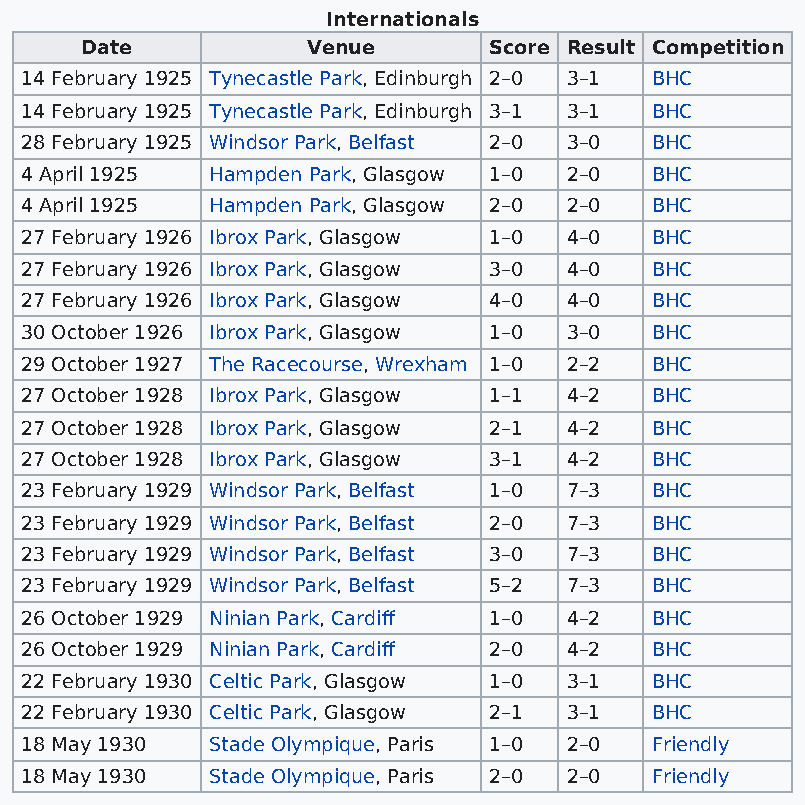
Internationals
 Date           Venue       Score Result Competition
 14 February 1925 Tynecastle Park, Edinburgh 2–0 3–1 BHC
 14 February 1925 Tynecastle Park, Edinburgh 3–1 3–1 BHC
 28 February 1925 Windsor Park, Belfast 2–0 3–0 BHC
 4 April 1925 Hampden Park, Glasgow 1–0 2–0 BHC
 4 April 1925 Hampden Park, Glasgow 2–0 2–0 BHC
 27 February 1926 Ibrox Park, Glasgow 1–0 4–0 BHC
 27 February 1926 Ibrox Park, Glasgow 3–0 4–0 BHC
 27 February 1926 Ibrox Park, Glasgow 4–0 4–0 BHC
 30 October 1926 Ibrox Park, Glasgow 1–0 3–0 BHC
 29 October 1927 The Racecourse, Wrexham 1–0 2–2 BHC
 27 October 1928 Ibrox Park, Glasgow 1–1 4–2 BHC
 27 October 1928 Ibrox Park, Glasgow 2–1 4–2 BHC
 27 October 1928 Ibrox Park, Glasgow 3–1 4–2 BHC
 23 February 1929 Windsor Park, Belfast 1–0 7–3 BHC
 23 February 1929 Windsor Park, Belfast 2–0 7–3 BHC
 23 February 1929 Windsor Park, Belfast 3–0 7–3 BHC
 23 February 1929 Windsor Park, Belfast 5–2 7–3 BHC
 26 October 1929 Ninian Park, Cardiff 1–0 4–2 BHC
 26 October 1929 Ninian Park, Cardiff 2–0 4–2 BHC
 22 February 1930 Celtic Park, Glasgow 1–0 3–1 BHC
 22 February 1930 Celtic Park, Glasgow 2–1 3–1 BHC
 18 May 1930  Stade Olympique, Paris 1–0 2–0 Friendly
 18 May 1930  Stade Olympique, Paris 2–0 2–0 Friendly